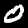
Digit: 0